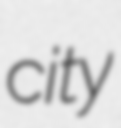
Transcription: city